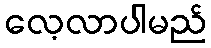
လေ့လာပါမည်